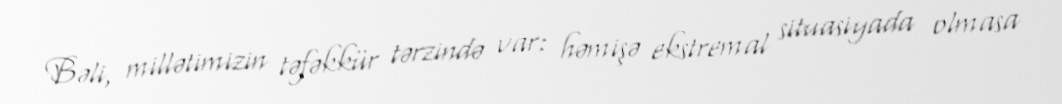
Bəli, millətimizin təfəkkür tərzində var: həmişə ekstremal situasiyada olmasa